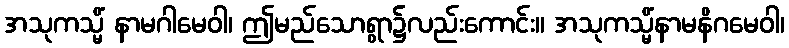
အသုကသ္မိံ နာမဂါမေဝါ၊ ဤမည်သောရွာ၌လည်းကောင်း။ အသုကသ္မိံနာမနိဂမေဝါ၊